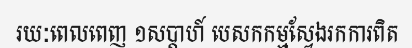
រយៈពេលពេញ ១សប្តាហ៍ បេសកកម្មស្វែងរកការពិត